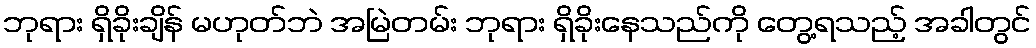
ဘုရား ရှိခိုးချိန် မဟုတ်ဘဲ အမြဲတမ်း ဘုရား ရှိခိုးနေသည်ကို တွေ့ရသည့် အခါတွင်